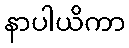
နာပါယိကာ